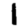
Digit: 1